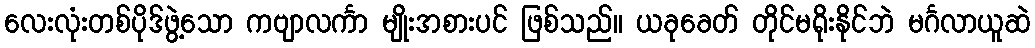
လေးလုံးတစ်ပိုဒ်ဖွဲ့သော ကဗျာလင်္ကာ မျိုးအစားပင် ဖြစ်သည်။ ယခုခေတ် တိုင်မရိုးနိုင်ဘဲ မင်္ဂလာယူဆဲ